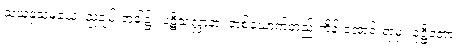
သယနှသမယေ၊ ညချမ်းအခါ၌။ ပဋိသလ္လာနာ၊ တစ်ယောက်တည်းကိန်းအောင်းရာမှ။ ဝုဋ္ဌိတော၊